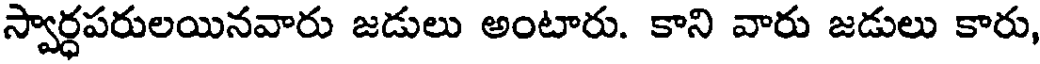
స్వార్ధపరులయినవారు జడులు అంటారు. కాని వారు జడులు కారు,